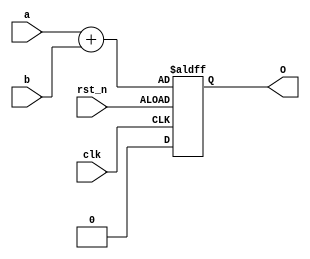
module test_01(
input clk,
input rst_n,
input a, b,
output reg O);
always@(posedge clk, negedge rst_n)begin
	if(!rst_n)
		O <= a + b;
	else
		O <= 0;
end
endmodule
//change the test_01.v after checkout.
//add one line and do not use the checkout.
//about command: commit -m "".
//git is free software.